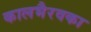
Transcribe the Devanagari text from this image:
कालभैरवका